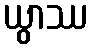
ယွာဿ